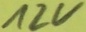
Text: 12V